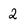
Character: 2